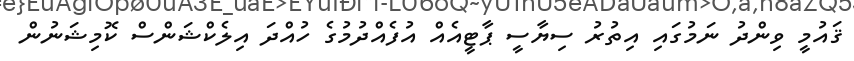
ޤައުމީ ވިންދު ނަމުގައި އިތުރު ސިޔާސީ ޕާޓީއެއް އުފެއްދުމުގެ ހުއްދަ އިލެކްޝަންސް ކޮމިޝަނުން